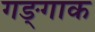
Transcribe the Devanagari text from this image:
गङ्गाक